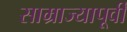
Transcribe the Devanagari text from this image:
साम्राज्यापूर्वी